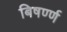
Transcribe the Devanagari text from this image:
बिषर्ण्ण